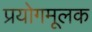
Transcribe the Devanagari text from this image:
प्रयोगमूलक